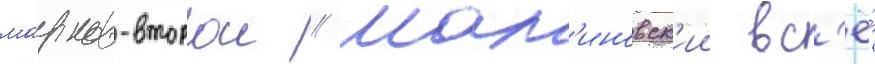
ма́рков-второи // Мал'иновск'ии вс'ё́